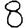
Digit: 8